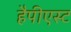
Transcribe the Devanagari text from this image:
हैपीएस्ट